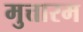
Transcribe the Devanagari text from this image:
मुत्तारम